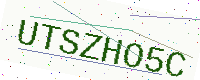
Text: UTSZHO5C